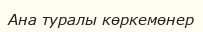
Ана туралы көркемөнер